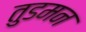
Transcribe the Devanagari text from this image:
तुडमन